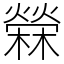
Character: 檾